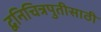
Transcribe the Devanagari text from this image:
द्वनिचित्रपुतीसाठी